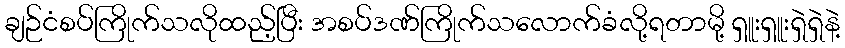
ချဉ်ငံစပ်ကြိုက်သလိုထည့်ပြီး အစပ်ဒဏ်ကြိုက်သလောက်ခံလို့ရတာမို့ ရှူးရှူးရှဲရှဲနဲ့